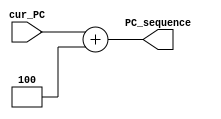
`timescale 1ns / 1ps
//////////////////////////////////////////////////////////////////////////////////
// Company: 
// Engineer: 
// 
// Design Name: 
// Module Name: PC_Adder
// Project Name: 
// Target Devices: 
// Tool Versions: 
// Description: 
// 
// Dependencies: 
// 
// Revision:
// Revision 0.01 - File Created
// Additional Comments:
// 
//////////////////////////////////////////////////////////////////////////////////

//PC+4
module PC_Adder(
    //PC
    input [31:0] cur_PC,
    //PC
    output reg [31:0] PC_sequence
    );
    always@(cur_PC) begin//
        PC_sequence = cur_PC + 4;
     end
endmodule